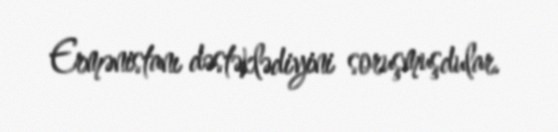
Ermənistanı dəstəklədiyini soruşmuşdular.